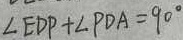
\angle E D P + \angle P D A = 9 0 ^ { \circ }